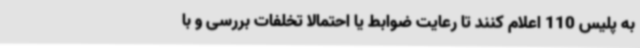
به پلیس 110 اعلام کنند تا رعایت ضوابط یا احتمالا تخلفات بررسی و با